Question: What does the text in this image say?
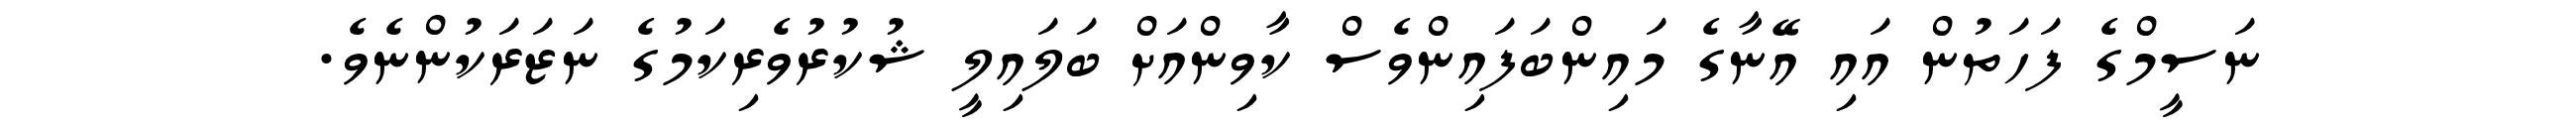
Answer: ނަސީމްގެ ފަހަތުން އައި އޭނާގެ މައިންބަފައިންވެސް ކާވިންއަށް ބަލައިލީ ޝުކުރުވެރިކަމުގެ ނަޒަރަކުންނެވެ.